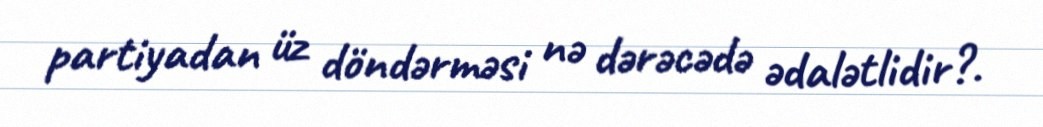
partiyadan üz döndərməsi nə dərəcədə ədalətlidir?.